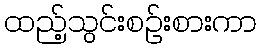
ထည့်သွင်းစဉ်းစားကာ